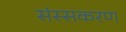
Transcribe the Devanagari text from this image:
संस्सकरण